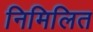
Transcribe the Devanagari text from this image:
निमिलित